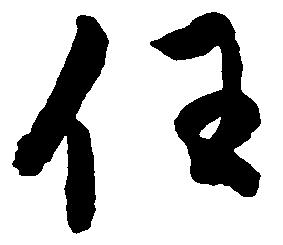
任